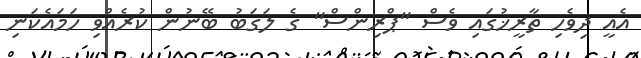
އެއީ ދިވެހި ތާރީޚުގައި ވެސް "ޕްރިންސް" ގެ ލަގަބު ބޭނުން ކުރެއްވި ހަމައެކަނި